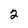
Character: 2